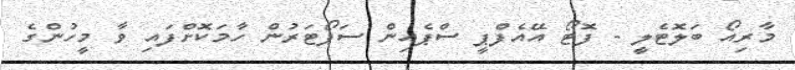
މާރިއޯ ބަލޮޓެލީ - ފޮޓޯ އޭއެފްޕީ ސްޕެއިން ސަޕޯޓަރުން ހާމަކޮށްފައި ވާ މީހުންގެ